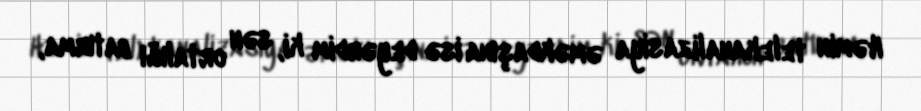
Həmin telekanalizasiya əməkdaşına isə deyərdim ki, sən ortalığı batırma,